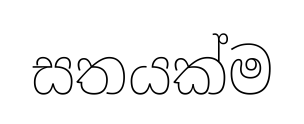
සතයක්ම